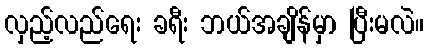
လှည့်လည်ရေး ခရီး ဘယ်အချိန်မှာ ပြီးမလဲ။